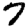
Digit: 7